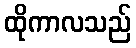
ထိုကာလသည်